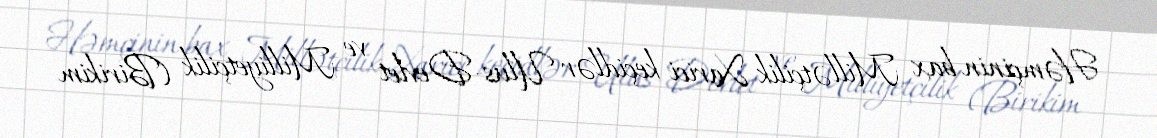
Həmçinin bax Millətçilik Xarici keçidlər Ulus-Devlet ve Milliyetçilik (Birikim